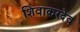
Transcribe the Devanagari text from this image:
शिवाकरदेव